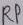
Text: RP